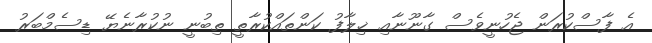
އެ ފާސްކުރަން ޖެހުނީވެސް ގާނޫނާއި ޚިލާފު ކަންތައްކުރާތީ ތިބުނީ ނުކުރާނެޔޭ ޑިސެމްބަރު